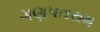
ગણપતરામ